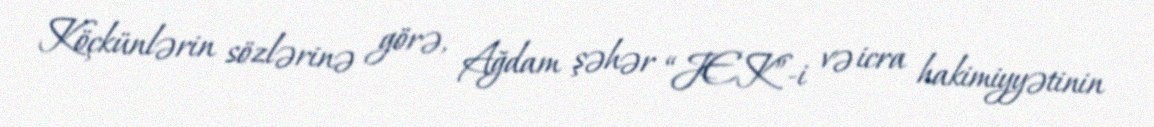
Köçkünlərin sözlərinə görə, Ağdam şəhər “JEK”-i və icra hakimiyyətinin